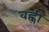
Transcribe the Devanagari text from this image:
वह्नी